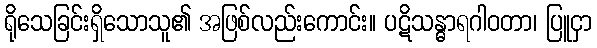
ရိုသေခြင်းရှိသောသူ၏ အဖြစ်လည်းကောင်း။ ပဋိသန္ဓာရဂါဝတာ၊ ပြူငှာ